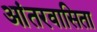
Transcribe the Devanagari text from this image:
आंतरवासिता